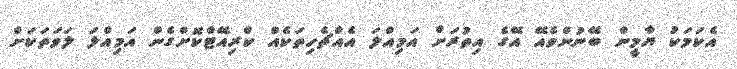
އެކަމަކު ޔާމީން ބޭނުންވެއޭ އޭގެ އިތުރަށް އަމިއްލަ އެއްޗެހިތަކެއް ކްރިއޭޓްކޮށްގެން އަމިއްލަ ލަވަތަކަށް